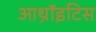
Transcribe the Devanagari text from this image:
आथ्रॉइटिस